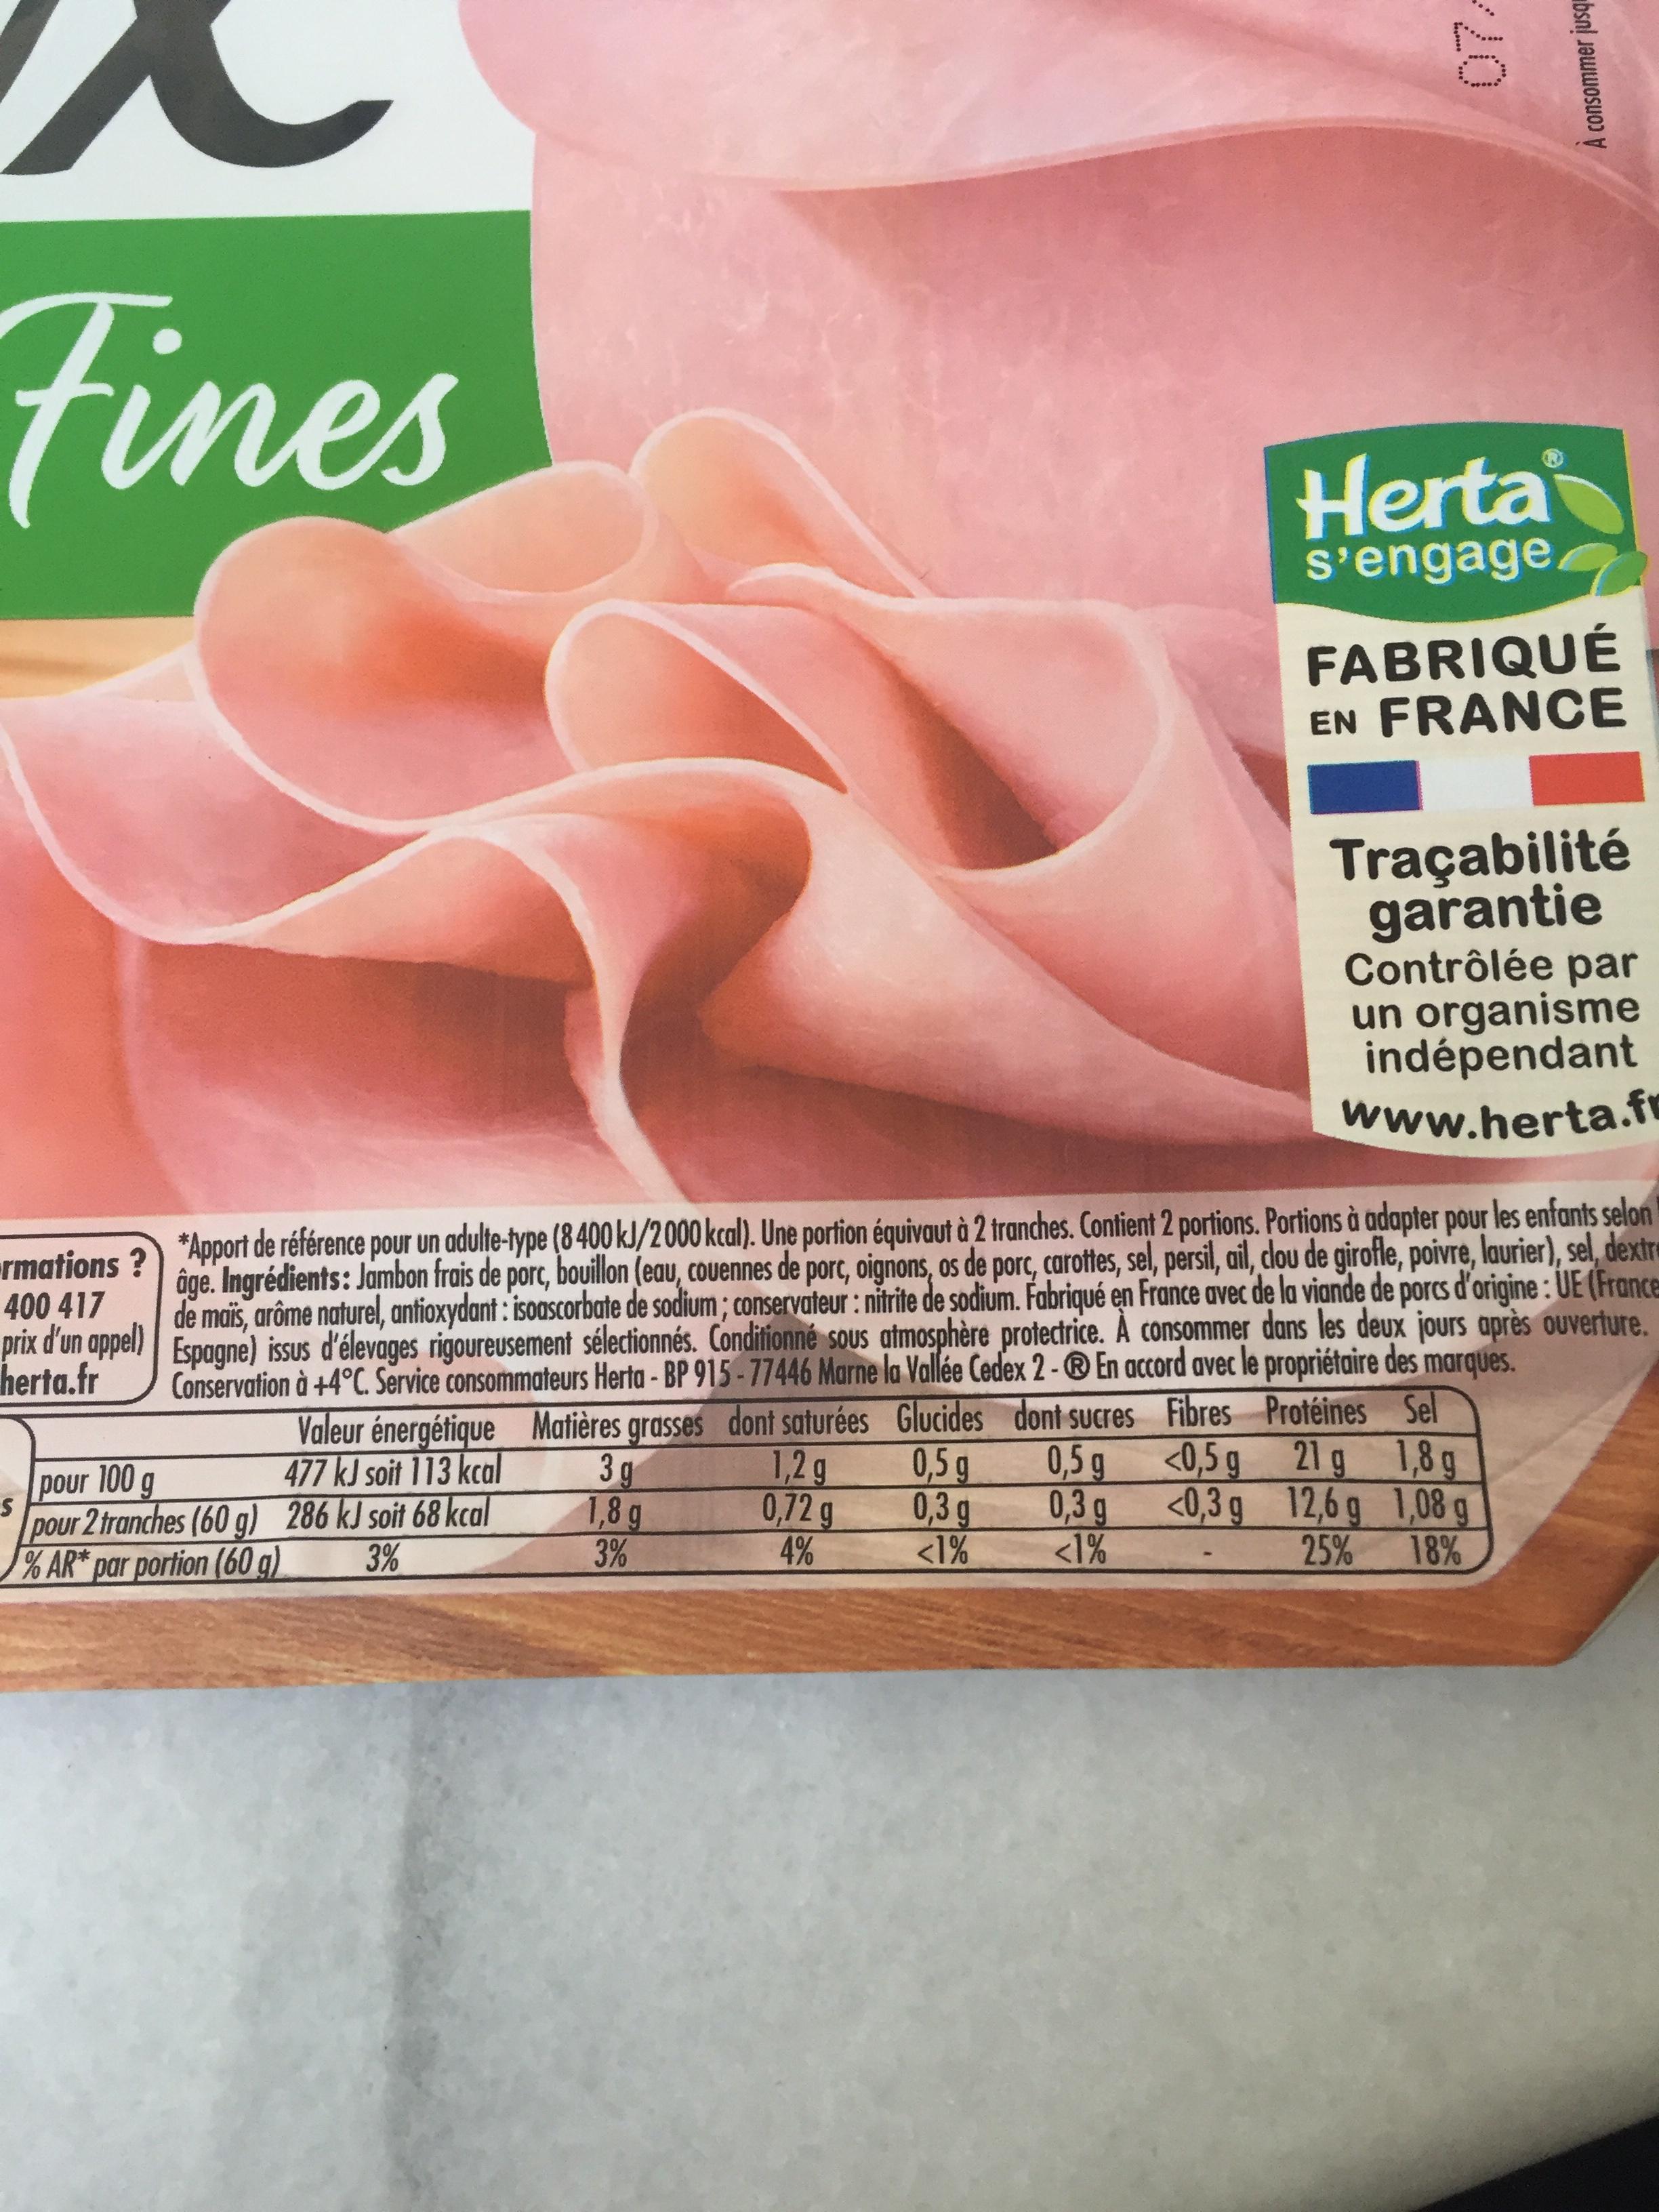
Fines
rmations?
400 417
prix d'un appel) herta.fr
pour 100 g
S
pour 2 tranches (60 g) % AR* par portion (60 g)
Valeur énergétique 477 kJ soit 113 kcal 286 kJ soit 68 kcal 3%
Matières grasses dont saturées Glucides dont sucres 0,5 g
1,2 g
0,5 g
0,72 g
0,3 g 0,3 g
4%
<1%
<1%
*Apport de référence pour un adulte-type (8400 kJ/2000 kcal). Une portion équivaut à 2 tranches. Contient 2 portions. Portions à adapter pour les enfants selon âge. Ingrédients: Jambon frais de porc, bouillon (eau, couennes de porc, oignons, os de porc, carottes, sel, persil, ail, clou de girofle, poivre, laurier), sel, dextre de maïs, arôme naturel, antioxydant: isoascorbate de sodium; conservateur: nitrite de sodium. Fabriqué en France avec de la viande de porcs d'origine : UE (France Espagne) issus d'élevages rigoureusement sélectionnés. Conditionné sous atmosphère protectrice. À consommer dans les deux jours après ouverture. Conservation à +4°C. Service consommateurs Herta - BP 915-77446 Marne la Vallée Cedex 2 - ® En accord avec le propriétaire des marques.
Protéines
21 g
12,6 g
25%
3g
1,8 g
3%
Herta
s'engage
Fibres
<0,5 g
<0,3 g
A consommer jusqu
FABRIQUÉ EN FRANCE
Traçabilité garantie Contrôlée par un organisme indépendant www.herta.fr
Sel
1,8 g
1,08 g
18%